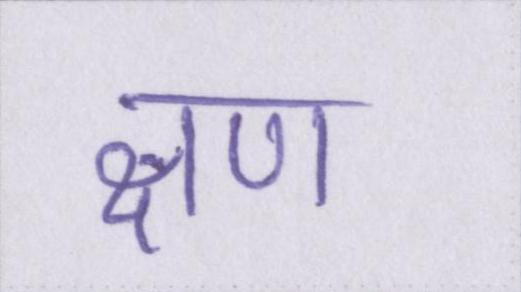
क्षण